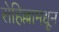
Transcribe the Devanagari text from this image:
रोहिल्लामधून